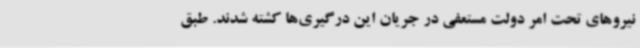
نیروهای تحت امر دولت مستعفی در جریان این درگیری‌ها کشته شدند. طبق